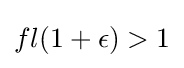
fl(1+\epsilon )>1